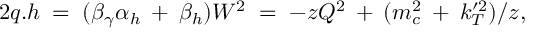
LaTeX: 2 q . h \; = \; ( \beta _ { \gamma } \alpha _ { h } \: + \: \beta _ { h } ) W ^ { 2 } \; = \; - z Q ^ { 2 } \: + \: ( m _ { c } ^ { 2 } \: + \: k _ { T } ^ { \prime 2 } ) / z ,